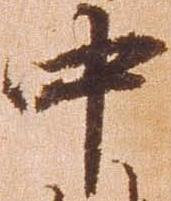
中